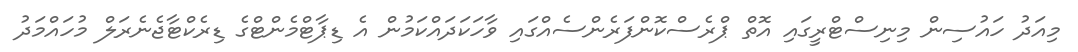
މިއަދު ހައުސިން މިނިސްޓްރީގައި އޮތް ޕްރެސްކޮންފަރެންސެއްގައި ވާހަކަދައްކަމުން އެ ޑިޕާޓްމެންޓްގެ ޑިރެކްޓާޖެނެރަލް މުހައްމަދު